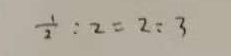
\frac { 1 } { 2 } : 2 = 2 : 3